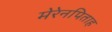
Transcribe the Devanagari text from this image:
मेरेनपिताह